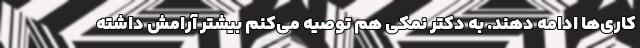
کاری‌ها ادامه دهند. به دکتر نمکی هم توصیه می‌کنم بیشتر آرامش داشته